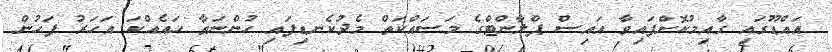
އައްޑޫގައި ގާއިމުކޮށްފައިވާ އައިސް ޕްލާންޓްގެ މަސައްކަތް މެދުކެނޑިފައި ހުންނަތާ ހައެއްކަ އަހަރު ފަހުން